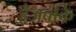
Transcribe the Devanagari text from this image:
हैजबकि